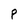
Character: P